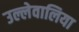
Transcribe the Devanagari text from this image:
उल्लेवालिया